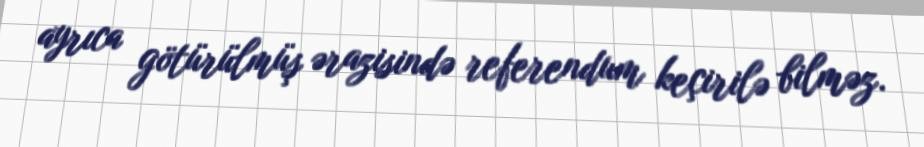
ayrıca götürülmüş ərazisində referendum keçirilə bilməz.